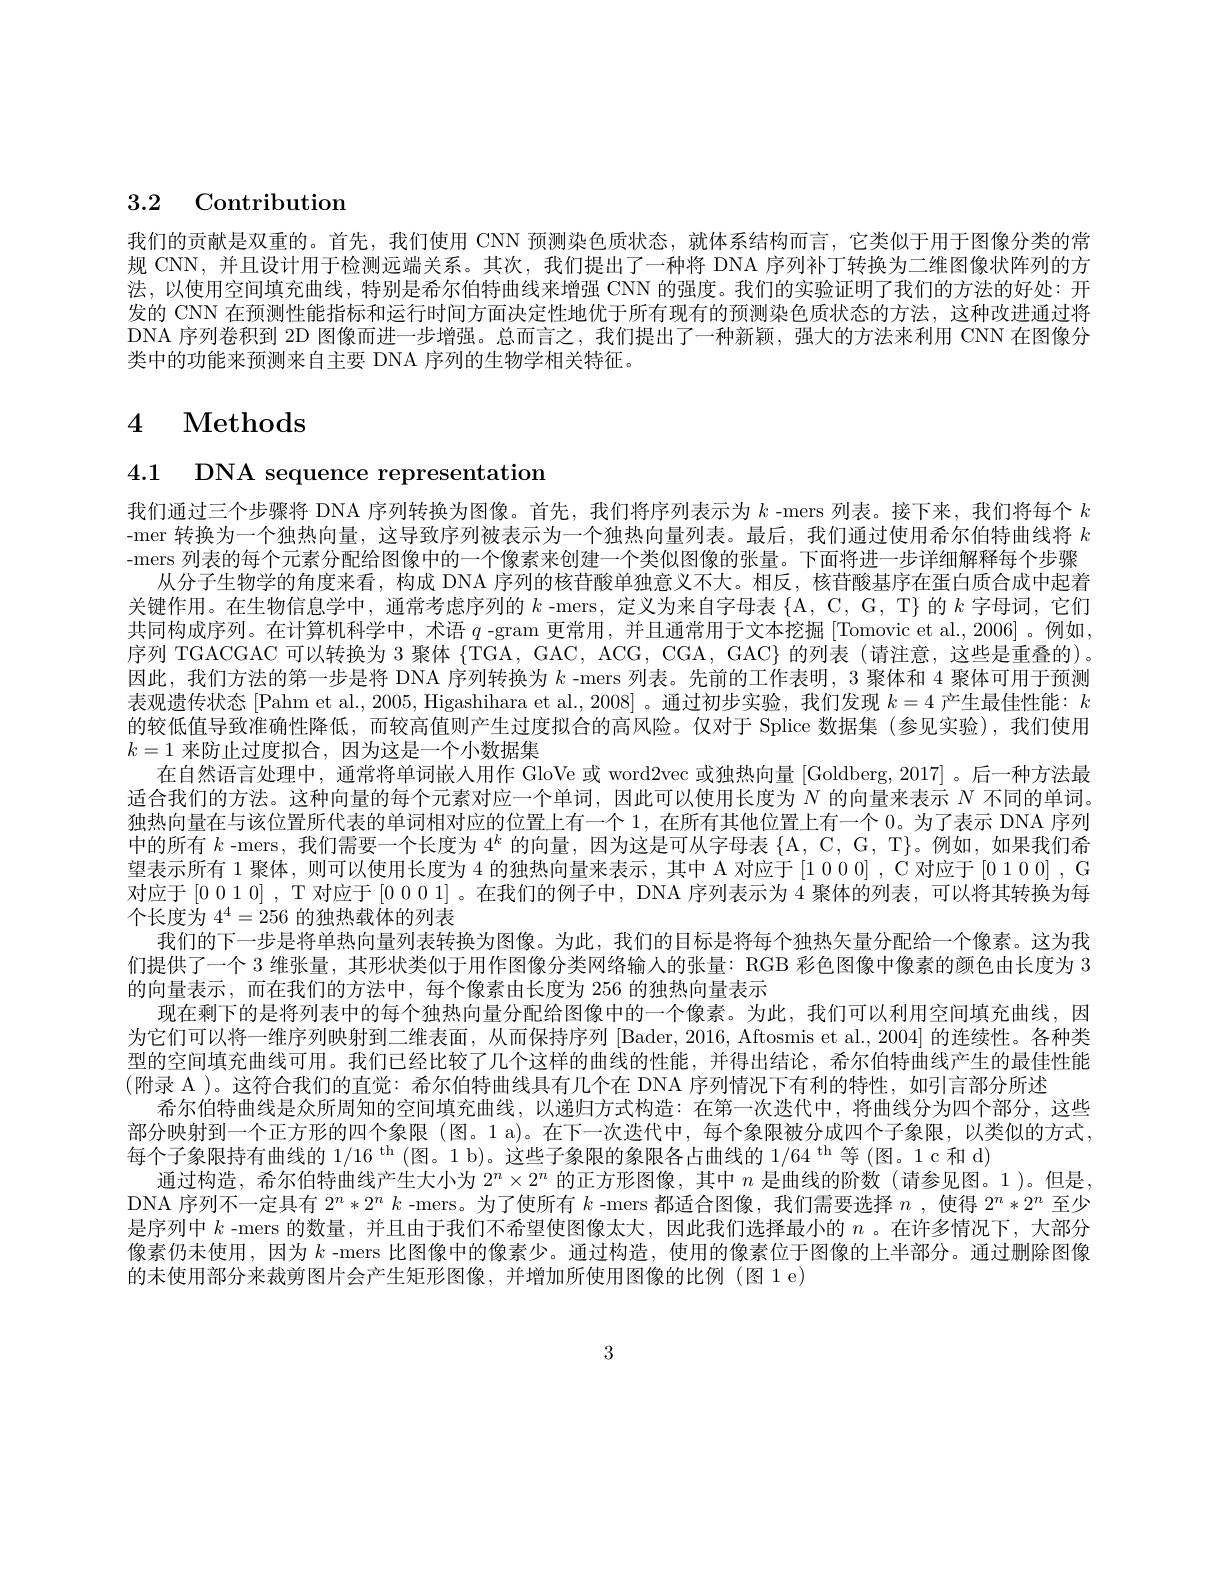
# 3.2 Contribution

我们的贡献是双重的。首先，我们使用 CNN 预测染色质状态，就体系结构而言，它类似于用于图像分类的常规 CNN, 并且设计用于检测远端关系。其次，我们提出了一种将 DNA 序列补丁转换为二维图像状阵列的方法，以使用空间填充曲线，特别是希尔伯特曲线来增强 CNN 的强度。我们的实验证明了我们的方法的好处：开发的 CNN 在预测性能指标和运行时间方面决定性地优于所有现有的预测染色质状态的方法，这种改进通过将DNA 序列卷积到 2D 图像而进一步增强。总而言之，我们提出了一种新颖，强大的方法来利用 CNN 在图像分类中的功能来预测来自主要 DNA 序列的生物学相关特征。

# 4 Methods

4.1 DNA sequence representation

我们通过三个步骤将 DNA 序列转换为图像。首先，我们将序列表示为$k$ -mers 列表。接下来，我们将每个$k$ -mer 转换为一个独热向量，这导致序列被表示为一个独热向量列表。最后，我们通过使用希尔伯特曲线将$k$ -mers 列表的每个元素分配给图像中的一个像素来创建一个类似图像的张量。下面将进一步详细解释每个步骤
从分子生物学的角度来看，构成 DNA 序列的核苷酸单独意义不大。相反，核苷酸基序在蛋白质合成中起着关键作用。在生物信息学中，通常考虑序列的$k$ -mers, 定义为来自字母表$\{\mathcal{A},\mathcal{C},\mathcal{G},\mathcal{T}\}$的$k$字母词，它们共同构成序列。在计算机科学中，术语$q$ -gram 更常用，并且通常用于文本挖掘 [Tomovic et al., 2006] 。例如， 序列 TGACGAC 可以转换为 3 聚体$\{$TGA, GAC, ACG, CGA, GAC}]{}it列表(请注意，这些是重叠的)。因此，我们方法的第一步是将 DNA 序列转换为$k$ -mers 列表。先前的工作表明，3 聚体和 4 聚体可用于预测表观遗传状态[Pahm et al., 2005, Higashihara et al., 2008]。通过初步实验，我们发现$k=4$产生最佳性能：$k$ 的较低值导致准确性降低，而较高值则产生过度拟合的高风险。仅对于 Splice 数据集(参见实验),我们使用$k=1$来防止过度拟合，因为这是一个小数据集
在自然语言处理中，通常将单词嵌人用作 GloVe 或 word2vec 或独热向量 [Goldberg, 2017] 。后一种方法最适合我们的方法。这种向量的每个元素对应一个单词，因此可以使用长度为$\bar{N\text{ 的向量来表示 }N\text{ 不同的单词。}}$ 独热向量在与该位置所代表的单词相对应的位置上有一个 1, 在所有其他位置上有一个 0。为了表示 DNA 序列中的所有$k$ -mers, 我们需要一个长度为$4^k$的向量，因为这是可从字母表$\{\mathcal{A},\mathcal{C},\mathcal{G},\mathcal{T}\}$。例如，如果我们希望表示所有 1 聚体，则可以使用长度为 4 的独热向量来表示，其中 A 对应于 [1 0 0] , C 对应于 [0 1 0 0] , G 对应于[0010] , T 对应于[0 0 0 1] 。在我们的例子中，DNA 序列表示为 4 聚体的列表，可以将其转换为每$\bar{\text{个长度为 }4^4}=256\bar{\text{ 的独热载体的列表}}$
我们的下一步是将单热向量列表转换为图像。为此，我们的目标是将每个独热矢量分配给一个像素。这为我们提供了一个 3 维张量，其形状类似于用作图像分类网络输人的张量：RGB 彩色图像中像素的颜色由长度为 3的向量表示，而在我们的方法中，每个像素由长度为 256 的独热向量表示
现在剩下的是将列表中的每个独热向量分配给图像中的一个像素。为此，我们可以利用空间填充曲线，因为它们可以将一维序列映射到二维表面，从而保持序列 [Bader,2016,Aftosmis et al.,2004] 的连续性。各种类型的空间填充曲线可用。我们已经比较了几个这样的曲线的性能，并得出结论，希尔伯特曲线产生的最佳性能(附录 A )。这符合我们的直觉：希尔伯特曲线具有几个在 DNA 序列情况下有利的特性，如引言部分所述
希尔伯特曲线是众所周知的空间填充曲线，以递归方式构造：在第一次迭代中，将曲线分为四个部分，这些部分映射到一个正方形的四个象限 (图。1 a)。在下一次迭代中，每个象限被分成四个子象限，以类似的方式， 每个子象限持有曲线的 1/16$^\mathrm{th}$ (图。1 b)。这些子象限的象限各占曲线的 1/64$^\mathrm{th}$等(图。1c和 d)
通过构造，希尔伯特曲线产生大小为$2^n\times2^n$的正方形图像，其中$n$是曲线的阶数(请参见图。1)。但是， DNA 序列不一定具有$2^n*2^nk$ -mers。为了使所有$k$ -mers 都适合图像，我们需要选择$n$ ,使得$2^n*2^n$至少是序列中$k$ -mers 的数量，并且由于我们不希望使图像太大，因此我们选择最小的$n$ 。在许多情况下，大部分像素仍未使用，因为$k$ -mers 比图像中的像素少。通过构造，使用的像素位于图像的上半部分。通过删除图像的未使用部分来裁剪图片会产生矩形图像，并增加所使用图像的比例(图 1 e)

3